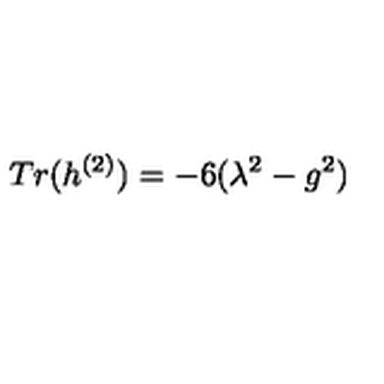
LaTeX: T r ( h ^ { ( 2 ) } ) = - 6 ( \lambda ^ { 2 } - g ^ { 2 } )